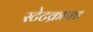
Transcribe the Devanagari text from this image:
स्टेटक्राफ्ट